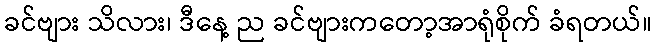
ခင်ဗျား သိလား၊ ဒီနေ့ ည ခင်ဗျားကတော့အာရုံစိုက် ခံရတယ်။